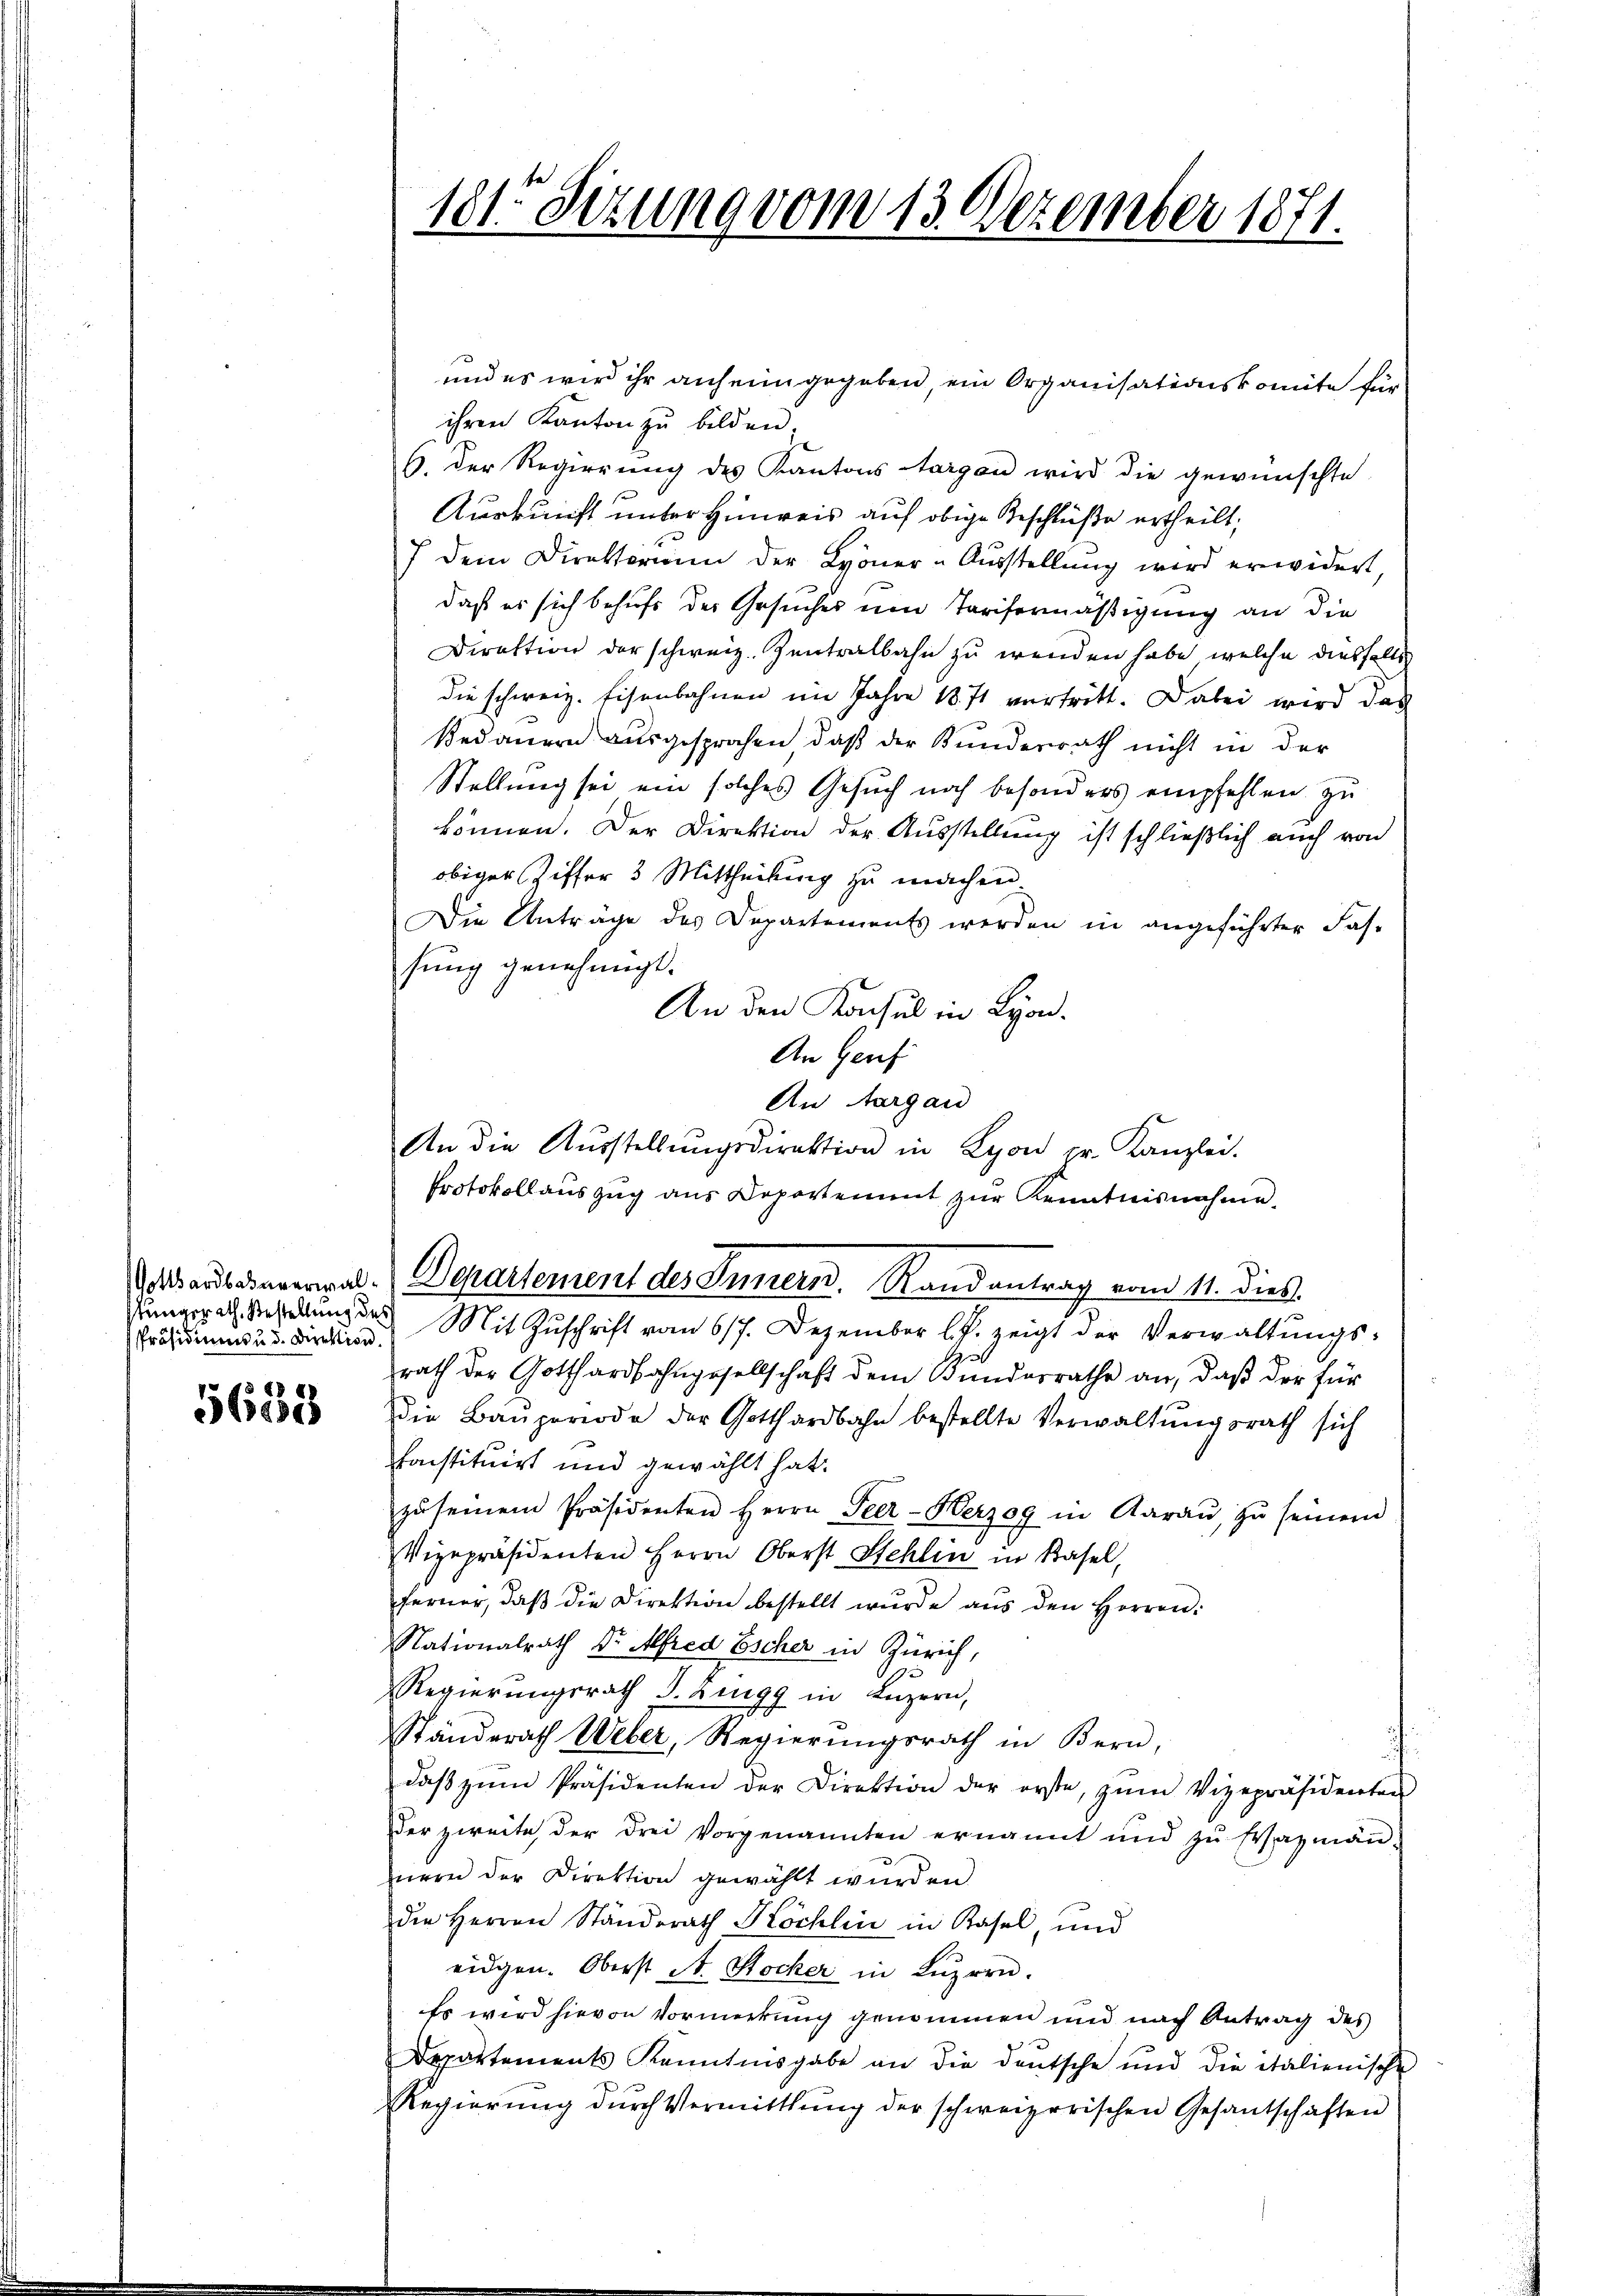
stungerath. Bestellung des

5638

181 Sizung vom 13. Dezember 1871.

und es wird ihr anheim gegeben, ein Organisationskomite für
ihren Kanton zu bilden.
6. Der Regierung des Kantons Aargau wird die gewünschte
Auskunft unter Hinweis auf obige Beschlüße ertheilt;
7 dem Direktorium der Lyoner-Aŭsstellŭng wird erwidert,
daß es sich behufs der Gesuches um Tarifermäßigung an die
Direktion der schweiz. Zentralbahn zu wenden habe, welche diesfalls
die schweiz. Eisenbahnen im Jahre 1871 vertritt. Dabei wird das
Bedauern ausgesprochen, daß der Kundesrath nicht in der
Stellung sei ein solches Gesuch noch besonders empfehlen zu
können. Der Direktion der Ausstellung ist schließlich auch von
obiger Ziffer 3 Mittheilung zu machen.
Die Anträge des Departements werden in angeführter Fas-
sung genehmigt.
An den Konsul in Lyon.
An Genf
An Aargau
An die Aŭsstellŭngsdirektion in Lyon pr. Kanzlei.
Protokollauszug aus Departement zŭr Kenntnisnahme
aardbaunerwal. Departement des Innern. Randantrag vom 11. dies
Prasmus u. direktion Mit Zŭschrift vom 617. Dezember l. J. zeigt der Verwaltŭngs-
rath der Gotthardbahngesellschaft dem Bundesrathe an, daß der für
die Baŭperiode der Gotthardbahn bestellte Verwaltŭngsrath sich
konstituirt und gewählt hat.
zŭ seinem Präsidenten Herrn Peer-Herzog in Aaraŭ, zŭ seinem
Vizepräsidenten Herrn Oberst Stehlin in Basel,
ferner, daβ die Direktion bestellt wurde aus den Herren:
Nationalrath Dr. Alfred Escher in Zürich,
Regierungsrath J. Zingg in Luzern,
Ständerath Weber, Regierungsrath in Bern,
daβ zŭm Präsidenten der Direktion der erste, zŭm Vizepräsidenten
der zweite der drei Vorgenannten ernannt und zŭ Wazmän-
nern der Direktion gewählt wurden.
die Herren Ständerath Köchlin in Kasel, und
eidgen. Oberst St. Stocker in Luzern.
Es wird hievon Vormerkung genommen und nach Antrag des
Departements Kenntnisgabe an die deutsche und die italienische
Regierŭng dŭrch Vermittlung der schweizerischen Gesantschaften